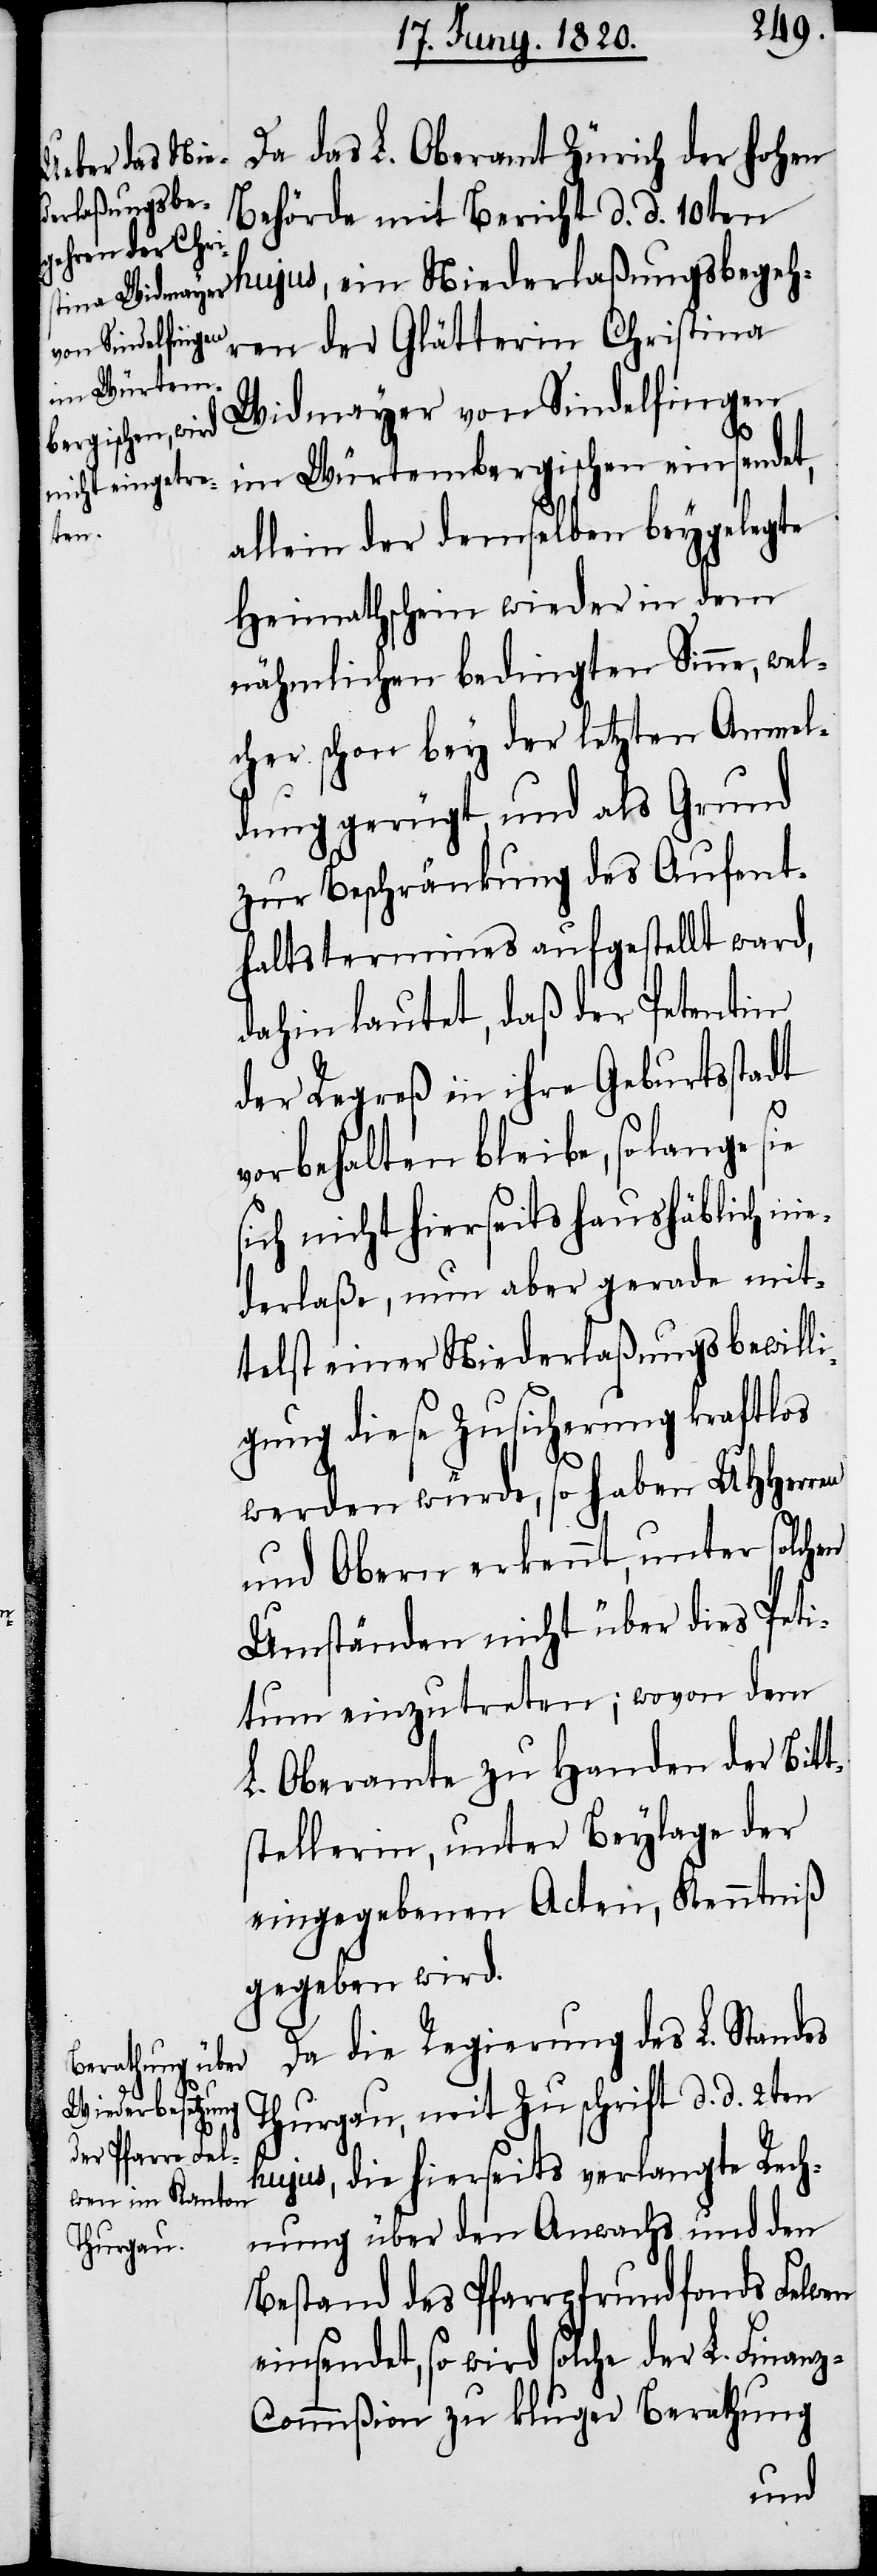
Da das L. Oberamt Zürich der hohen
Behörde mit Bericht d. d. 10ten
hujus, ein Niederlaßungsbegehr¬
en der Glätterin Christina
Widmeyer von Sindelfingen
im Würtembergischen einsendet,
allein der demselben beygelegte
Heimathschein wieder in dem
nähmlichen bedingten Sinne, wel¬
cher schon bey der letzten Anmel¬
dung gerügt, und als Grund
zur Beschränkung des Aufent¬
haltstermins aufgestellt ward,
dahin lautet, daß der Petentin
der Regreß in ihre Geburtsstadt
vorbehalten beliebe, solange sie
sich nicht hierseits haushäblich nie¬
derlaße, nun aber gerade mit¬
telst einer Niederlaßungsbewilli¬
gung diese Zusicherung kraftlos
werden würde, so haben UHherren
und Obern erkennt, unter solchen
Umständen nicht über dies Peti¬
tum einzutreten; wovon dem
L. Oberamte zu Handen der Bitt¬
stellerin, unter Beylage der
eingegebenen Acten, Kenntniß
gegeben wird.
Da die Regierung des L. Standes
Thurgau, mit Zuschrift d. d. 2ten
hujus, die hierseits verlangte Rech¬
nung über den Anwachs und den
Bestand des Pfarrpfrundfonds Felwen
einsendet, so wird solche der L. Finan¬
z-Commiβion zu kluger Berathung